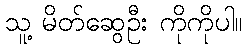
သူ့ မိတ်ဆွေဦး ကိုကိုပါ။